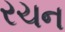
રચન